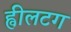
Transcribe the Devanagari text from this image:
ह्वीलटग